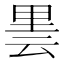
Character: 𮡒